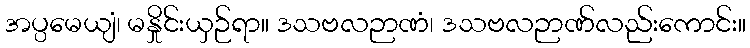
အပ္ပမေယျံ၊ မနှိုင်းယှဉ်ရာ။ ဒသဗလဉာဏံ၊ ဒသဗလဉာဏ်လည်းကောင်း။